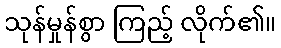
သုန်မှုန်စွာ ကြည့် လိုက်၏။